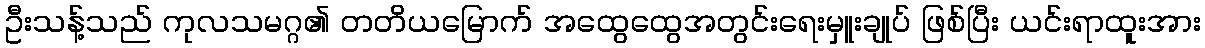
ဦးသန့်သည် ကုလသမဂ္ဂ၏ တတိယမြောက် အထွေထွေအတွင်းရေးမှူးချုပ် ဖြစ်ပြီး ယင်းရာထူးအား